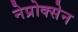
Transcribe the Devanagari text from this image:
नेप्रोक्सेन